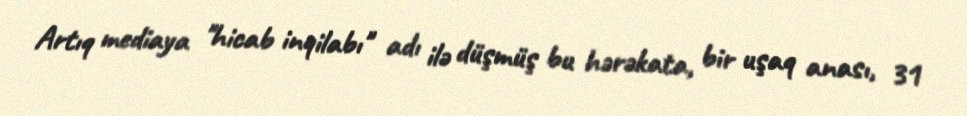
Artıq mediaya "hicab inqilabı" adı ilə düşmüş bu hərəkata, bir uşaq anası, 31